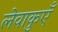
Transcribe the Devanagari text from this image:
लेवाकुएँ